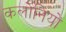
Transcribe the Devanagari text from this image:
कलोनियों